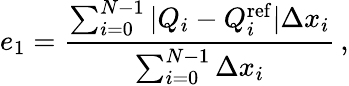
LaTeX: e_{1}=\frac{\sum_{i=0}^{N-1}|Q_{i}-Q_{i}^{\mathrm{ref}}|\Delta x_{i}}{\sum_{i=0}^{N-1}\Delta x_{i}}\, ,